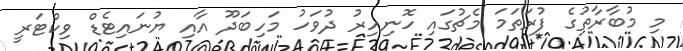
މި މުބާރާތުގެ ފުރަތަމަ މެޗުގައި ހޮނިހިރު ދުވަހު މަހިބަދޫ އާއި ޔުނައިޓެޑް ވިކްޓަރީ